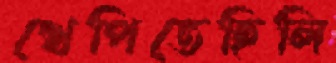
খেপিতেছিলি